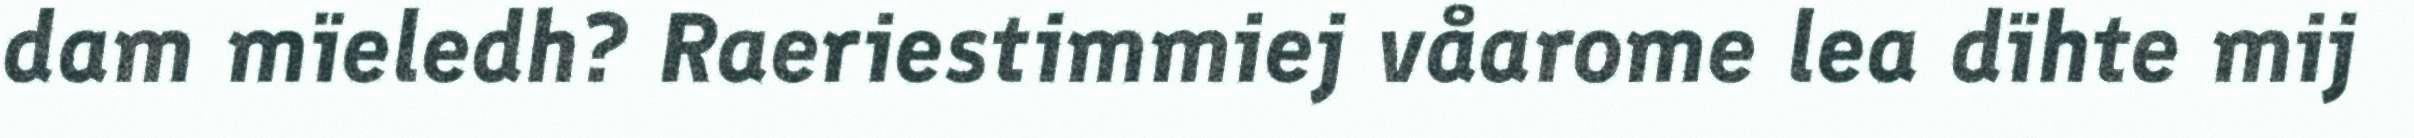
dam mïeledh? Raeriestimmiej våarome lea dïhte mij